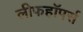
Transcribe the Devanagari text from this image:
लीफहॉपर्स